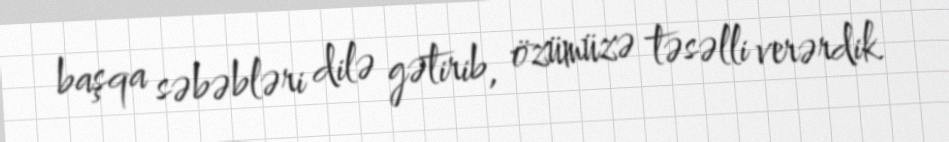
başqa səbəbləri dilə gətirib, özümüzə təsəlli verərdik.